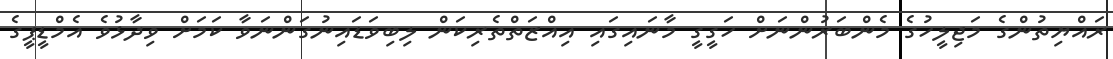
ރައްޔިތުންގެ މަޖިލީހުގެ މެންބަރުންނަށް ހަގީގީ މާނައިގައި އިއްޒަތްތެރިކަން ލިބިވަޑައިނުގަންނަވާ ކަމަށް ވިދާޅުވެ އެމްޑީޕީގެ